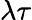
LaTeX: \lambda\tau